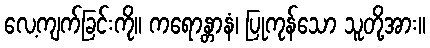
လေ့ကျက်ခြင်းကို။ ကရောန္တာနံ၊ ပြုကုန်သော သူတို့အား။